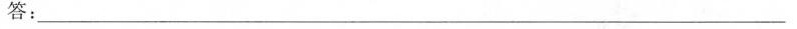
答：_______